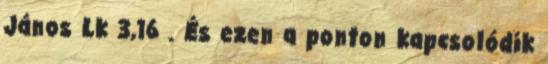
János Lk 3,16 . És ezen a ponton kapcsolódik